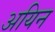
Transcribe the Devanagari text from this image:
अयिन